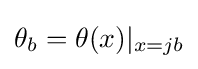
\theta _{b}=\theta (x)|_{x=jb}